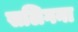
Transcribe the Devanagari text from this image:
सलिगना